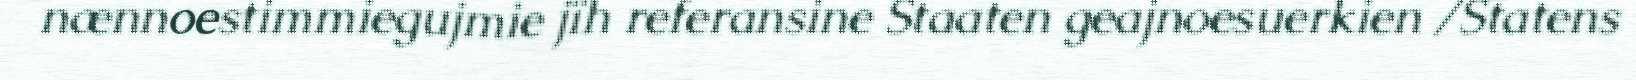
nænnoestimmiegujmie jïh referansine Staaten geajnoesuerkien /Statens